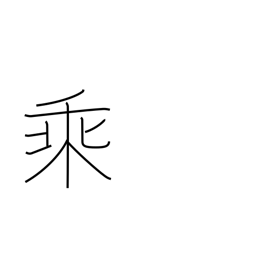
Meaning: multiplication